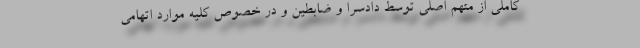
کاملی از متهم اصلی توسط دادسرا و ضابطین و در خصوص کلیه موارد اتهامی